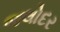
જલોદર